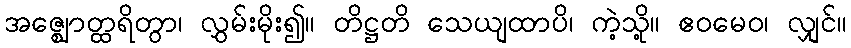
အဇ္ဈောတ္ထရိတွာ၊ လွှမ်းမိုး၍။ တိဋ္ဌတိ သေယျထာပိ၊ ကဲ့သို့။ ဧဝမေဝ၊ လျှင်။